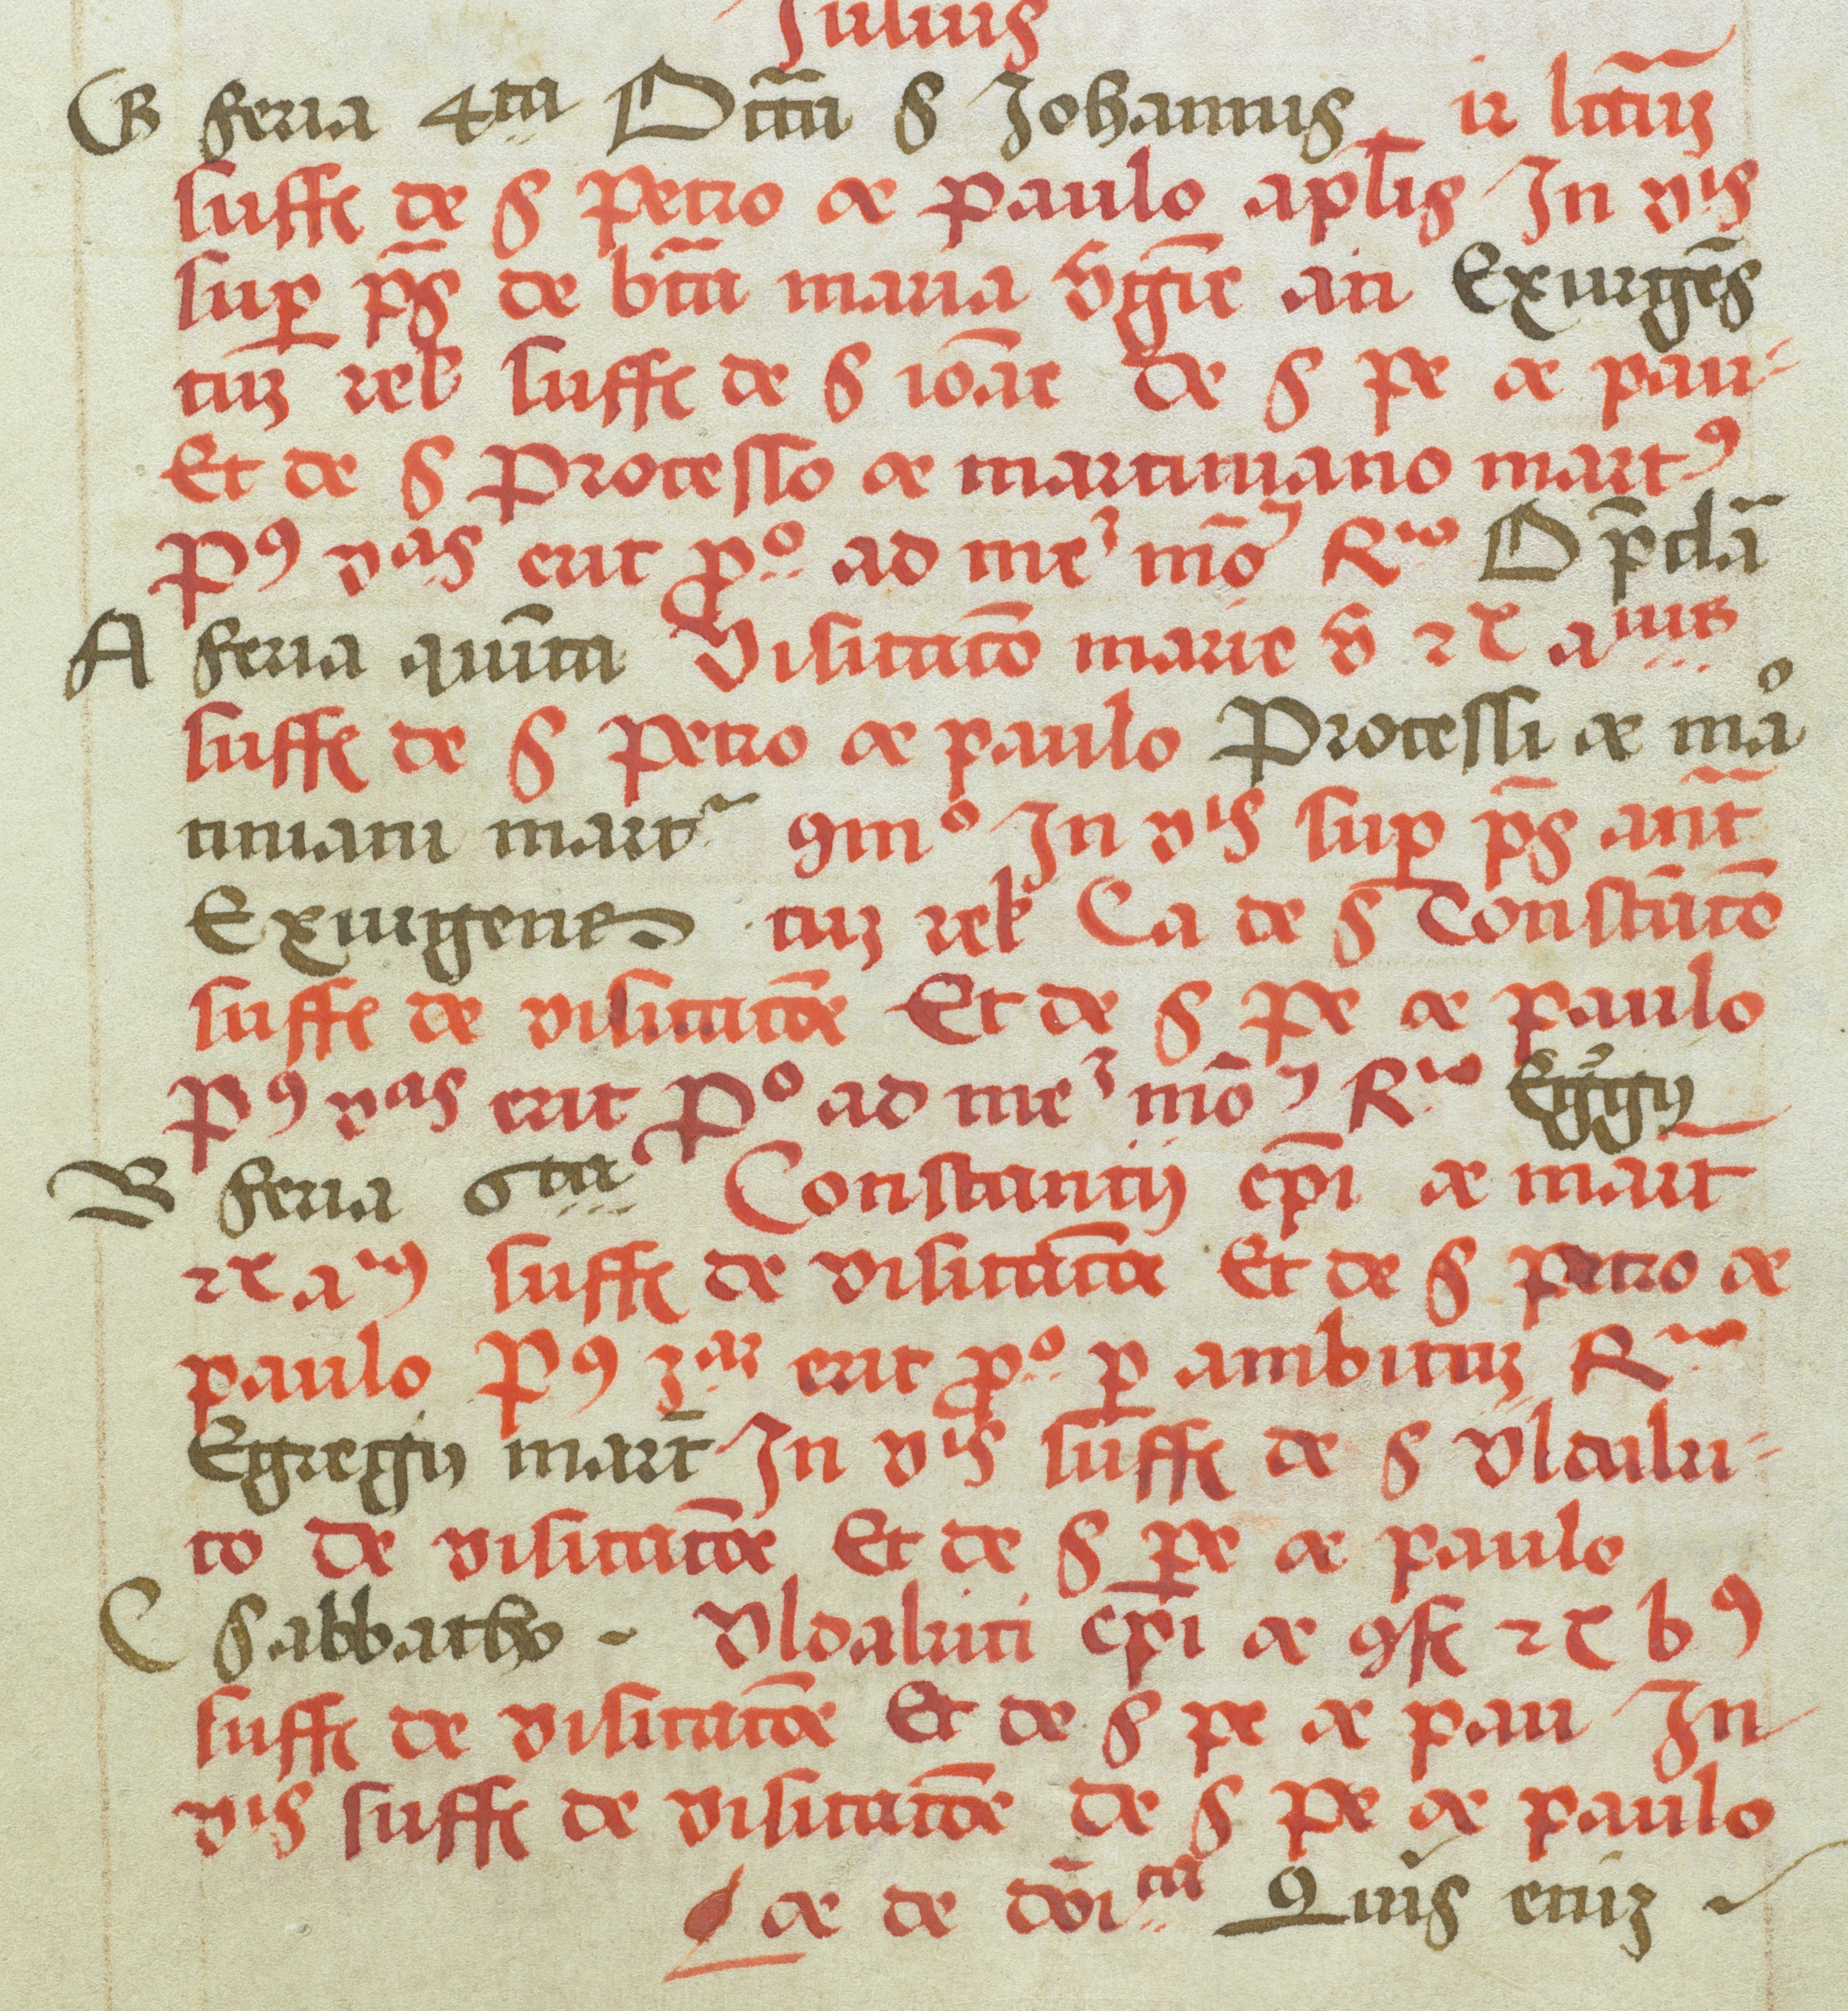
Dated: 1505–1535